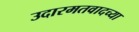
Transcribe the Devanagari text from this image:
उदारमतवादच्या